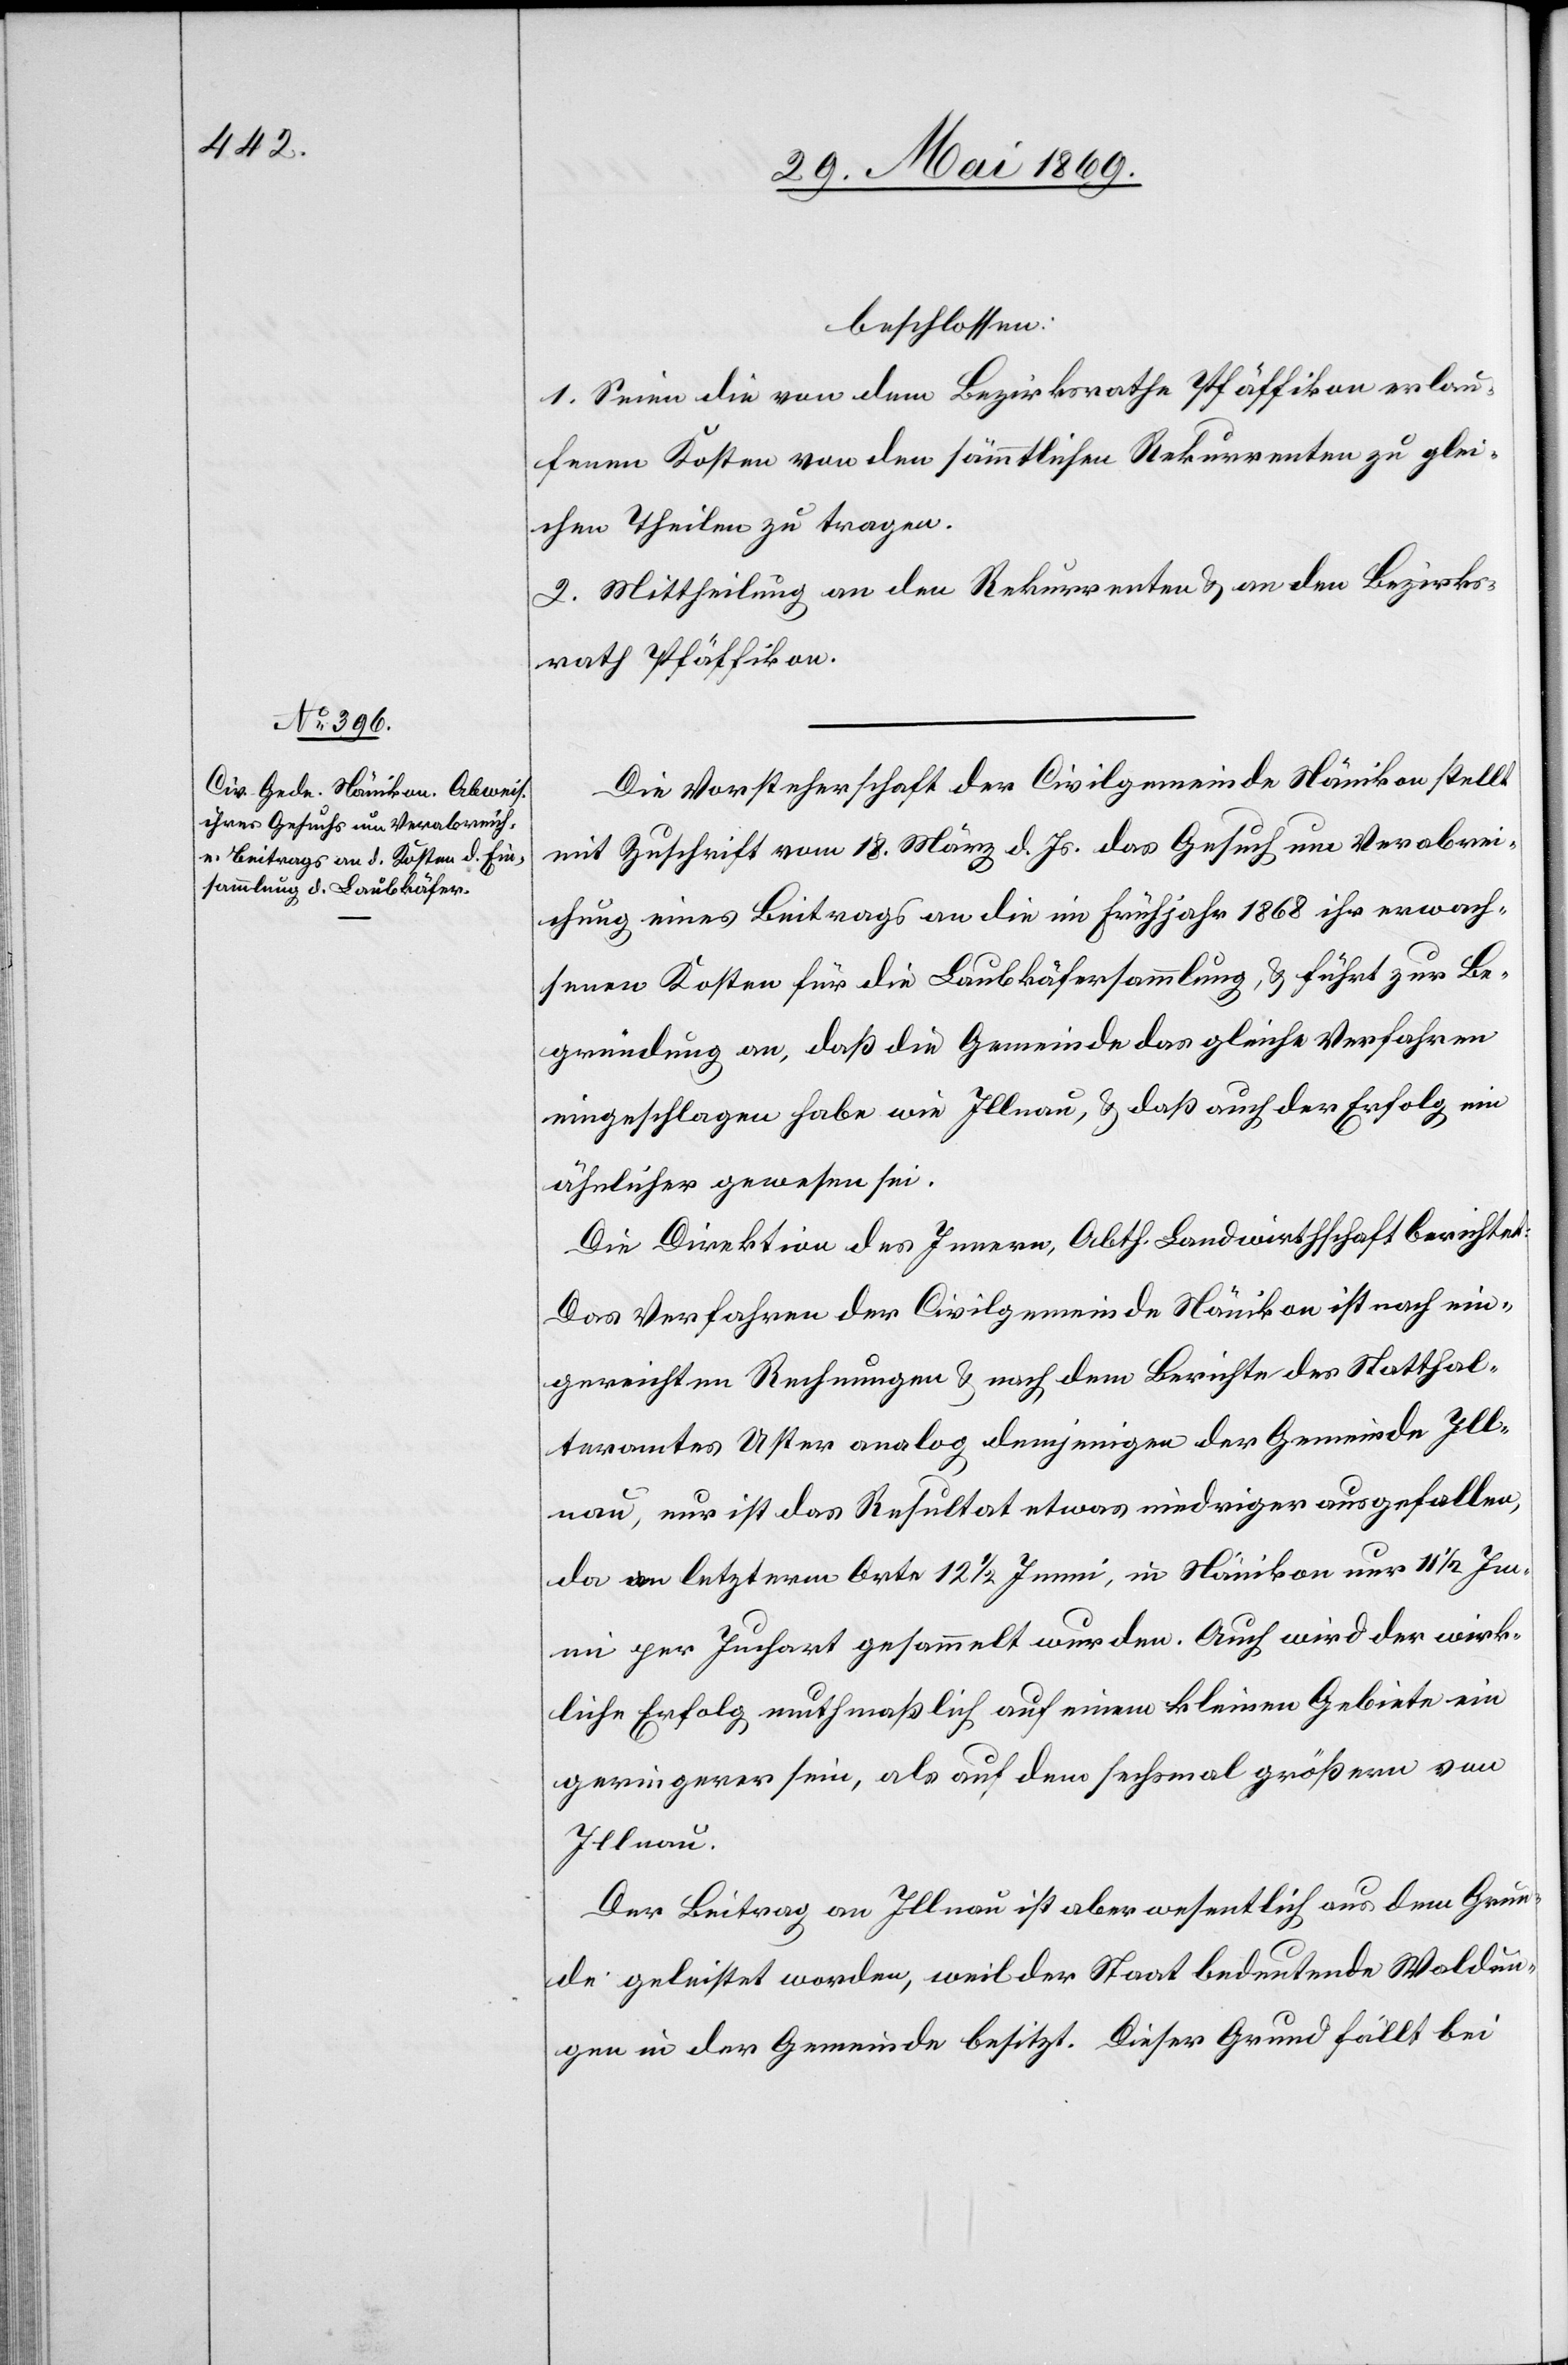
beschlossen:
1. Seien die von dem Bezirksrathe Pfäffikon erlau¬
fenen Kosten von den sämmtlichen Rekurrenten zu glei¬
chen Theilen zu tragen.
2. Mittheilung an den Rekurrenten u. an den Bezirks¬
rath Pfäffikon.
Die Vorsteherschaft der Civilgemeinde Nänikon stellt
mit Zuschrift vom 18 März d. Js. das Gesuch um Verabrei¬
chung eines Beitrags an die im Frühjahr 1868 ihr erwach¬
senen Kosten für die Laubkäfersammlung, u. führt zur Be¬
gründung an, daß die Gemeinde das gleiche Verfahren
eingeschlagen habe wie Illnau, u. daß auch der Erfolg ein
ähnlicher gewesen sei.
Die Direktion des Innern, Abth. Landwirthschaft berichtet:
Das Verfahren der Civilgemeinde Nänikon ist nach ein¬
gereichten Rechnungen u. nach dem Berichte des Statthal¬
teramtes Uster analog demjenigen der Gemeinde Ill¬
nau, nur ist das Resultat etwas niedriger ausgefallen,
da an letzterem Orte 12 1/2 Immi, in Nänikon nur 11 1/2 Imm¬
i per Juchart gesammelt wurden. Auch wird der wirk¬
liche Erfolg muthmaßlich auf einem kleinen Gebiete ein
geringerer sein, als auf dem sechsmal größern von
Illnau.
Der Beitrag an Illnau ist aber wesentlich aus dem Grun¬
de geleistet worden, weil der Staat bedeutende Waldun¬
gen in der Gemeinde besitzt. Dieser Grund fällt bei